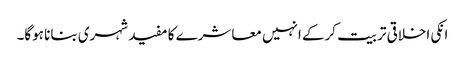
انکی اخلاقی تربیت کرکے انہیں معاشرے کا مفید شہری بنانا ہوگا۔